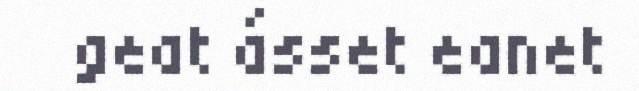
geat ásset eanet